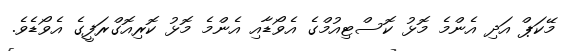
މޭކަޕް އަދި އެންމެ މޮޅު ކޮސްޓިއުމްގެ އެވޯޑާއި އެންމެ މޮޅު ކޮރިއޮގްރަފީގެ އެވޯޑެވެ.